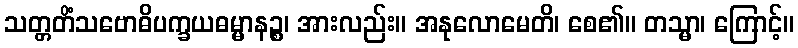
သတ္တတိံသဗောဓိပက္ခယဓမ္မာနဉ္စ၊ အားလည်း။ အနုလောမေတိ၊ စေ၏။ တသ္မာ၊ ကြောင့်။